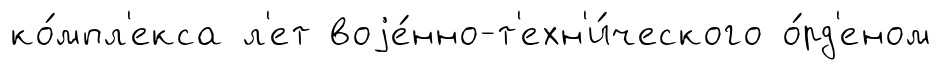
ко́мпл'екса л'ет воjе́нно-т'ехн'и́ческого о́рд'еном